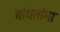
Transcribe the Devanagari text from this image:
बांधतांना